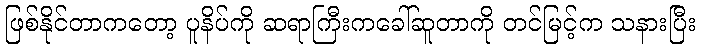
ဖြစ်နိုင်တာကတော့ ပူနိပ်ကို ဆရာကြီးကခေါ်ဆူတာကို တင်မြင့်က သနားပြီး